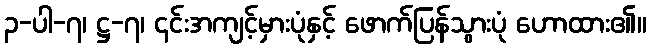
၃-ပါ-၇၊ ဋ္ဌ-၇၊ ၎င်းအကျင့်မှားပုံနှင့် ဖောက်ပြန်သွားပုံ ဟောထား၏။